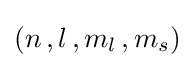
{\textstyle (n\,,l\,,m_{l}\,,m_{s})}